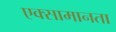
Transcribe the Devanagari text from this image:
एक्सामानता